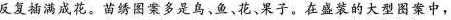
反复插满成花。苗绣图案多是鸟、鱼、花、果子。在盛装的大型图案中，